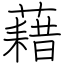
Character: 藉